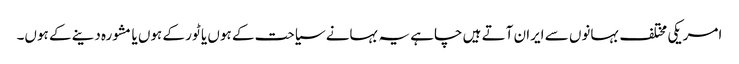
امریکی مختلف بہانوں سے ایران آتے ہیں چاہے یہ بہانے سیاحت کے ہوں یا ٹور کے ہوں یا مشورہ دینے کے ہوں۔